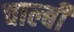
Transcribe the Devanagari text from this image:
चाल्बी